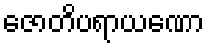
ဇောတိပရာယဏော